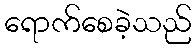
ရောက်စေခဲ့သည်